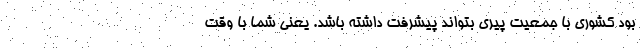
بود کشوری با جمعیت پیری بتواند پیشرفت داشته باشد. یعنی شما با وقت